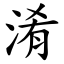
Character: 淆